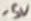
Text: -5V